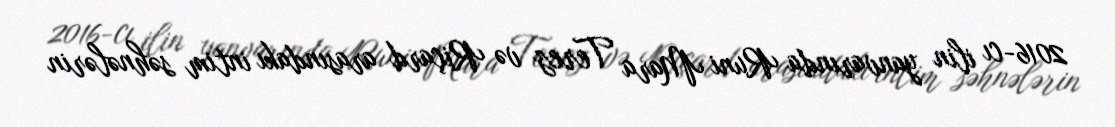
2016-cı ilin yanvarında Runi Mara Terez və Riçard arasındakı intim səhnələrin